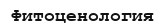
Фитоценология